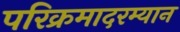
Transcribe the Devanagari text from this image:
परिक्रमादरम्यान